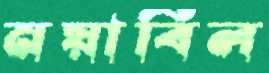
নয়াবিল